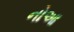
નોઆ